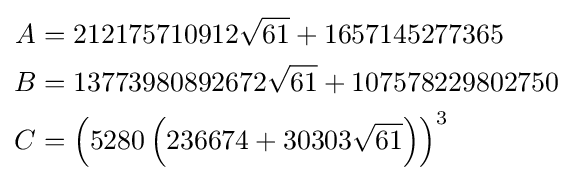
{\begin{aligned}A&=212175710912{\sqrt {61}}+1657145277365\\B&=13773980892672{\sqrt {61}}+107578229802750\\C&=\left(5280\left(236674+30303{\sqrt {61}}\right)\right)^{3}\end{aligned}}